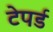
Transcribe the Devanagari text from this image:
टेपर्ड